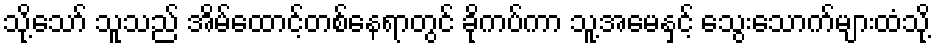
သို့သော် သူသည် အိမ်ထောင့်တစ်နေရာတွင် ခိုကပ်ကာ သူ့အမေနှင့် သွေးသောက်များထံသို့